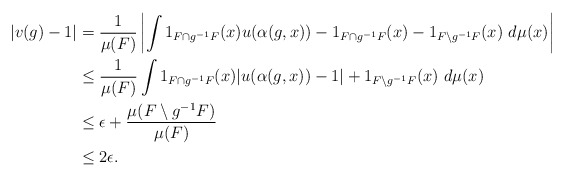
\begin{align*}|v(g) - 1 |&= \frac{1}{\mu(F)} \left| \int 1_{F\cap g^{-1}F}(x) u(\alpha(g,x)) - 1_{F\cap g^{-1}F}(x) - 1_{F\setminus g^{-1}F}(x) \ d\mu(x) \right|\\&\leq \frac{1}{\mu(F)} \int 1_{F\cap g^{-1}F}(x) | u(\alpha(g,x)) - 1 | + 1_{F\setminus g^{-1}F}(x) \ d\mu(x) \\&\leq \epsilon + \frac{\mu(F\setminus g^{-1}F)}{\mu(F)} \\&\leq 2\epsilon.\end{align*}